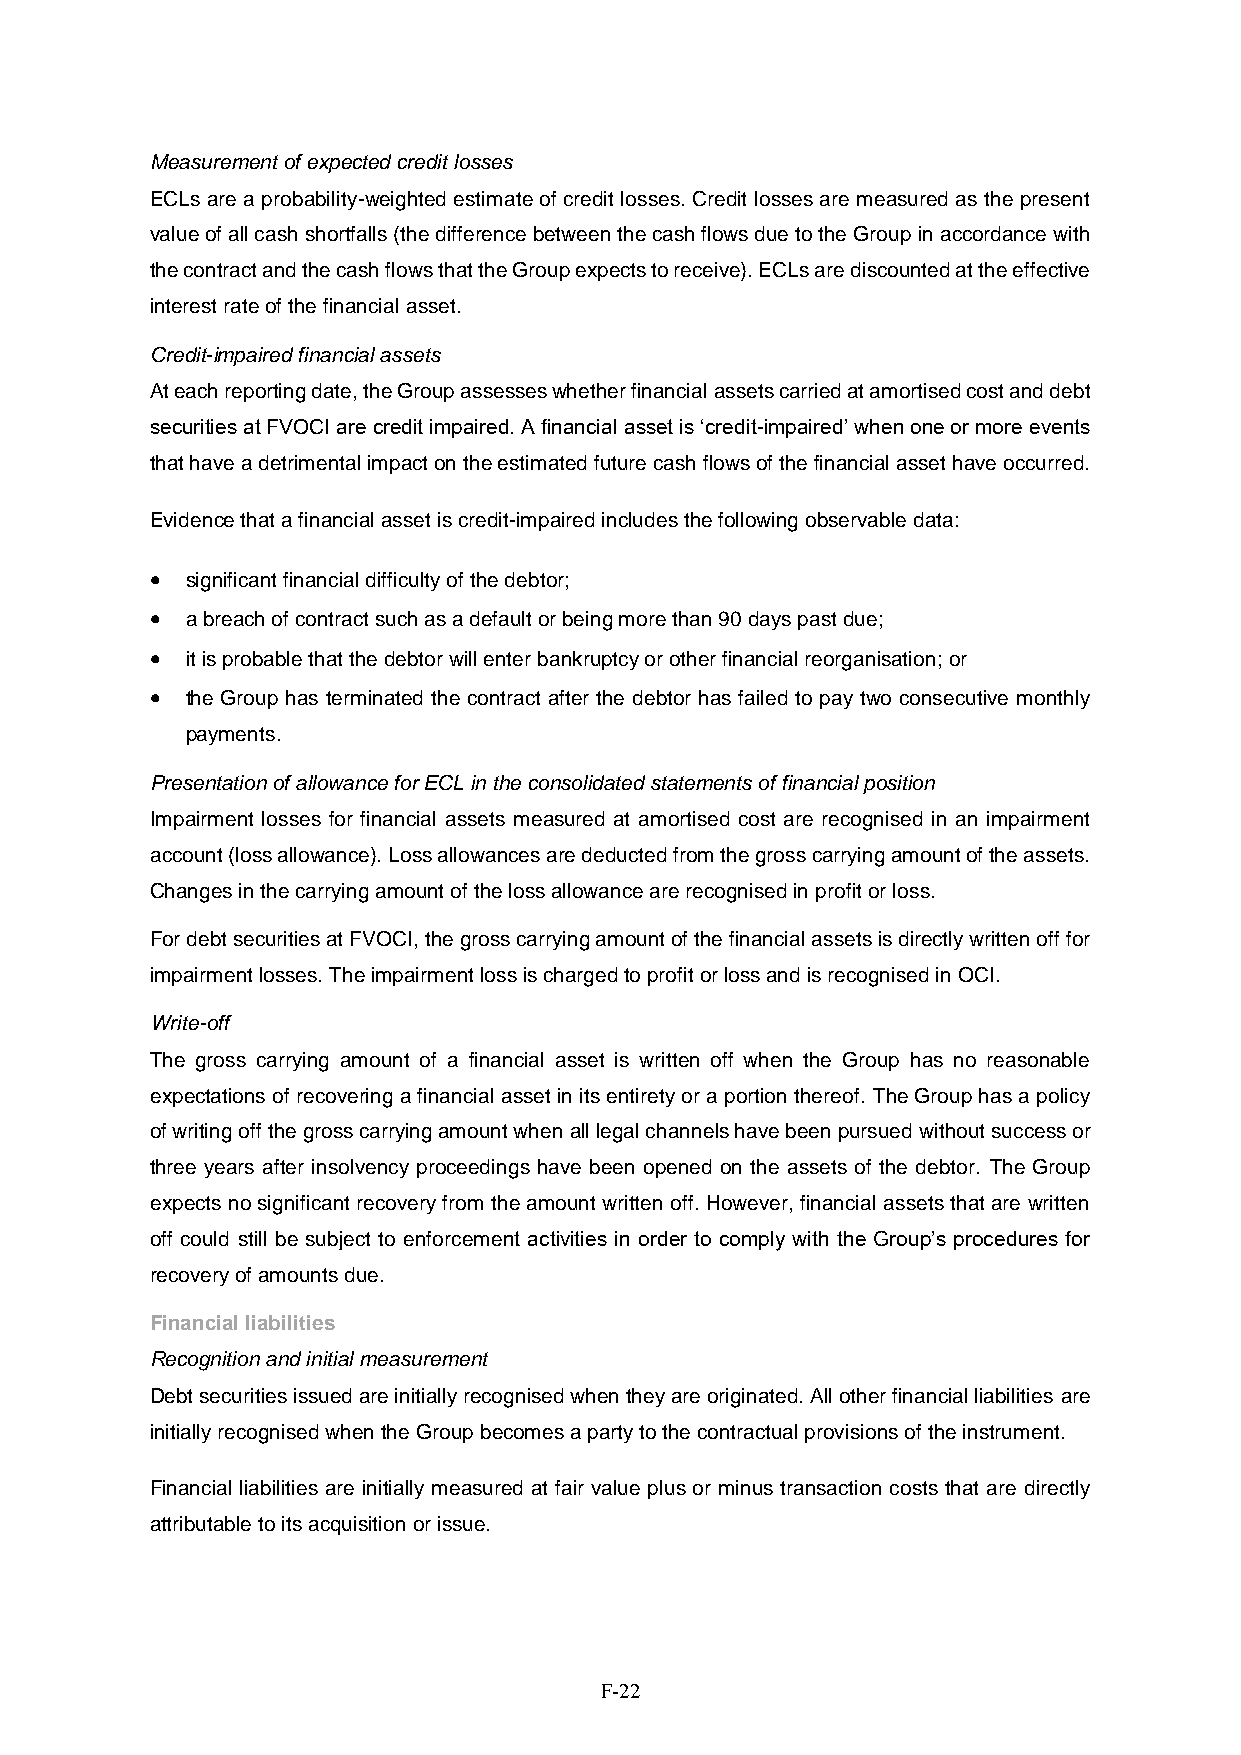
Measurement of expected credit losses
 ECLs are a probability-weighted estimate of credit losses. Credit losses are measured as the present
 value of all cash shortfalls (the difference between the cash flows due to the Group in accordance with
 the contract and the cash flows that the Group expects to receive). ECLs are discounted at the effective
 interest rate of the financial asset.
 Credit-impaired financial assets
 At each reporting date, the Group assesses whether financial assets carried at amortised cost and debt
 securities at FVOCI are credit impaired. A financial asset is ‘credit-impaired’ when one or more events
 that have a detrimental impact on the estimated future cash flows of the financial asset have occurred.
 Evidence that a financial asset is credit-impaired includes the following observable data:
  significant financial difficulty of the debtor;
  a breach of contract such as a default or being more than 90 days past due;
  it is probable that the debtor will enter bankruptcy or other financial reorganisation; or
  the Group has terminated the contract after the debtor has failed to pay two consecutive monthly
 payments.
 Presentation of allowance for ECL in the consolidated statements of financial position
 Impairment losses for financial assets measured at amortised cost are recognised in an impairment
 account (loss allowance). Loss allowances are deducted from the gross carrying amount of the assets.
 Changes in the carrying amount of the loss allowance are recognised in profit or loss.
 For debt securities at FVOCI, the gross carrying amount of the financial assets is directly written off for
 impairment losses. The impairment loss is charged to profit or loss and is recognised in OCI.
 Write-off
 The gross carrying amount of a financial asset is written off when the Group has no reasonable
 expectations of recovering a financial asset in its entirety or a portion thereof. The Group has a policy
 of writing off the gross carrying amount when all legal channels have been pursued without success or
 three years after insolvency proceedings have been opened on the assets of the debtor. The Group
 expects no significant recovery from the amount written off. However, financial assets that are written
 off could still be subject to enforcement activities in order to comply with the Group’s procedures for
 recovery of amounts due.
 Financial liabilities
 Recognition and initial measurement
 Debt securities issued are initially recognised when they are originated. All other financial liabilities are
 initially recognised when the Group becomes a party to the contractual provisions of the instrument.
 Financial liabilities are initially measured at fair value plus or minus transaction costs that are directly
 attributable to its acquisition or issue.
 F-22